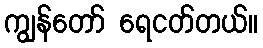
ကျွန်တော် ရေငတ်တယ်။